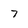
Character: 7